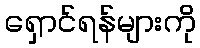
ရှောင်ရန်များကို